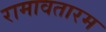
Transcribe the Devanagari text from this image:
रामावतारम